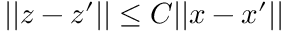
| | \boldsymbol { z } - \boldsymbol { z } ^ { \prime } | | \leq C | | \boldsymbol { x } - \boldsymbol { x } ^ { \prime } | |